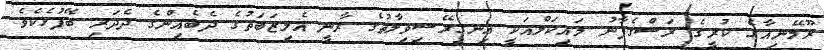
ރޫމޭނިއާގެ ކުރީގެ ރަސްގެފާނު މައިކަލްއަކީ އިނގިރޭސިވިލާތުގެ ރާނީ އެލިޒަބަތުގެ ދެބެއިންގެ ދެދަރި ބޭފުޅެކެވެ.